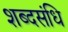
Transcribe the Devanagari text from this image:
शब्दसंधि